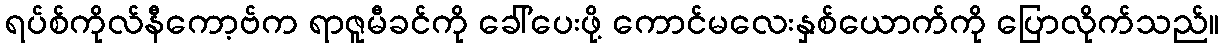
ရပ်စ်ကိုလ်နီကော့ဗ်က ရာဇူမီခင်ကို ခေါ်ပေးဖို့ ကောင်မလေးနှစ်ယောက်ကို ပြောလိုက်သည်။